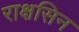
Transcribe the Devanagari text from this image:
राक्षसिन